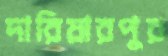
দারিয়ারপুর